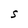
Character: S